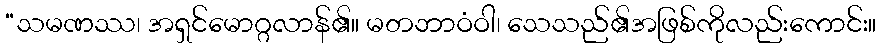
“သမဏဿ၊ အရှင်မောဂ္ဂလာန်၏။ မတဘာဝံဝါ၊ သေသည်၏အဖြစ်ကိုလည်းကောင်း။